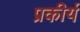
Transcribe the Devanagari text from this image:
प्रकीर्य